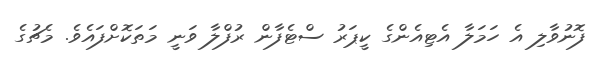
ފޮނުވާލި އެ ހަމަލާ އެޓިއެންގެ ކީޕަރު ސްޓެފާން ރުފްލާ ވަނީ މަތަކޮށްފައެވެ. މެޗުގެ